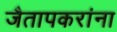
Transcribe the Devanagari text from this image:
जैतापकरांना